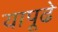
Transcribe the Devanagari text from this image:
यापूढे